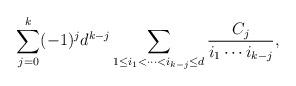
LaTeX: \begin{align*}\sum_{j=0}^{k}(-1)^j d^{k-j}\sum_{1\leq i_1<\dots<i_{k-j}\leq d}\frac{C_j}{i_1 \cdots i_{k-j}},\end{align*}